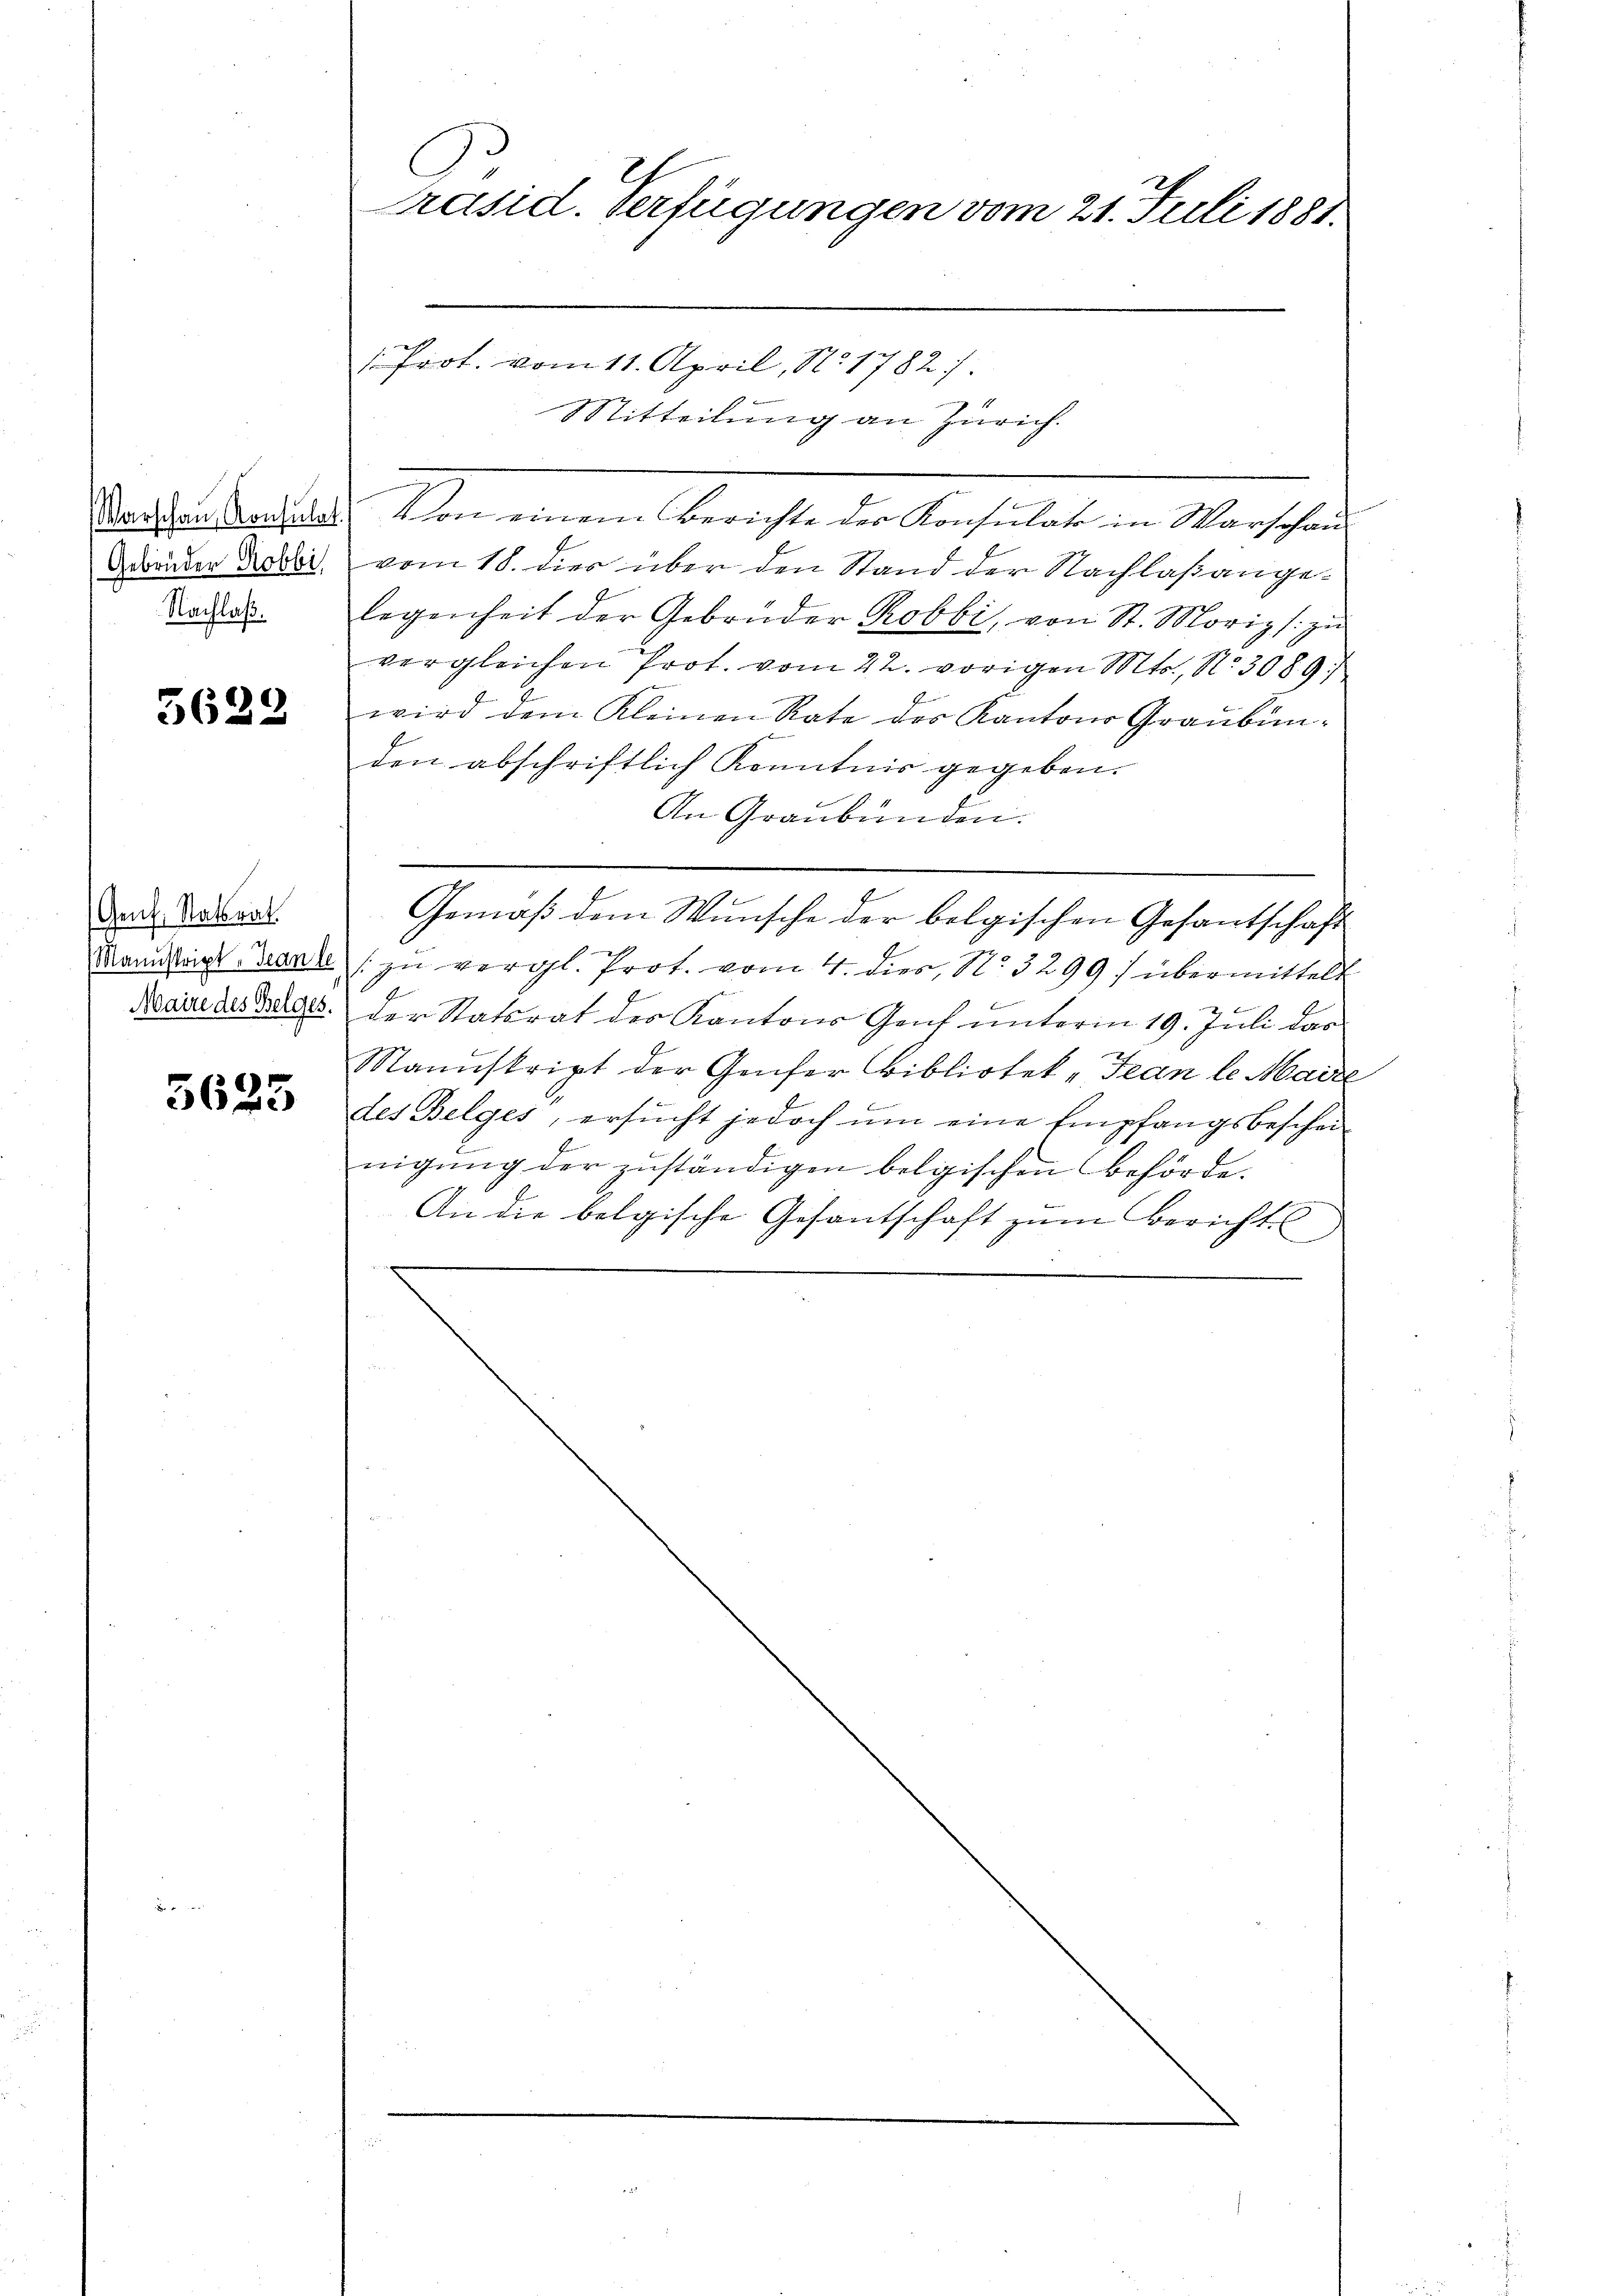
Warschau, Konsula
Gebrüder Robbi
Nachlaß.

5622

Genf, Natrat.
(Manuskript, Jean le
Maire des Belges.

3625

C
Präsid. Verfügungen vom 21. Juli 1881.

Prot. vom 11. April, No. 1782/
Mit
eibe
72
ng
Zürich.
Von einem Berichte der Konsulat in Warschau
vom 18. dies über den Stand der Nachlaßangelegenheit der Gebonder Robbi, von St. Moriz s. zu
vergleichen Prot. vom 22. vorigen Mts., No. 3089/
wird dem Kleinen Rate des Kantons Graubünden abschriftlich Kenntnis gegeben.
An Graubünden.
Gemäß dem Wunsche der bolgischen Gesantschaft
2
(zu vergl. Prot. vom 4. dies, No. 3299) übermittelt
der Statsrat des Kantons Genf unterm 19. Juli das
Manuskript der Genfer Bibliotek -Jean le Maire
des Belges, ersucht jedoch um eine Empfangsbescheinigung der zuständigen belgischen Behörde.
An die belgische Gesantschaft zum Bericht
.